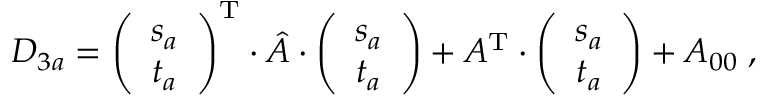
D _ { 3 a } = \left( \begin{array} { c } { { s _ { a } } } \\ { { t _ { a } } } \end{array} \right) ^ { \mathrm { T } } \cdot \hat { A } \cdot \left( \begin{array} { c } { { s _ { a } } } \\ { { t _ { a } } } \end{array} \right) + A ^ { \mathrm { T } } \cdot \left( \begin{array} { c } { { s _ { a } } } \\ { { t _ { a } } } \end{array} \right) + A _ { 0 0 } \; ,